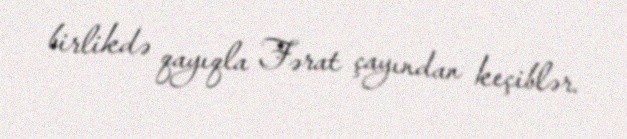
birlikdə qayıqla Fərat çayından keçiblər.